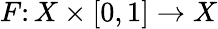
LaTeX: F\colon X\times[0,1]\to X